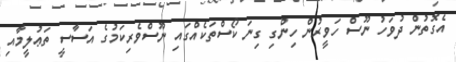
އެގޮތުން ދުވަހު ނޫސް ހަވީރުން ހިންގި ގިނަ ކޯސްތަކެއްގައި ނޫސްވެރިކަމުގެ އަސާސީ ތަޢުލީމާއި